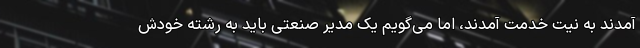
آمدند به نیت خدمت آمدند، اما می‌گویم یک مدیر صنعتی باید به رشته خودش